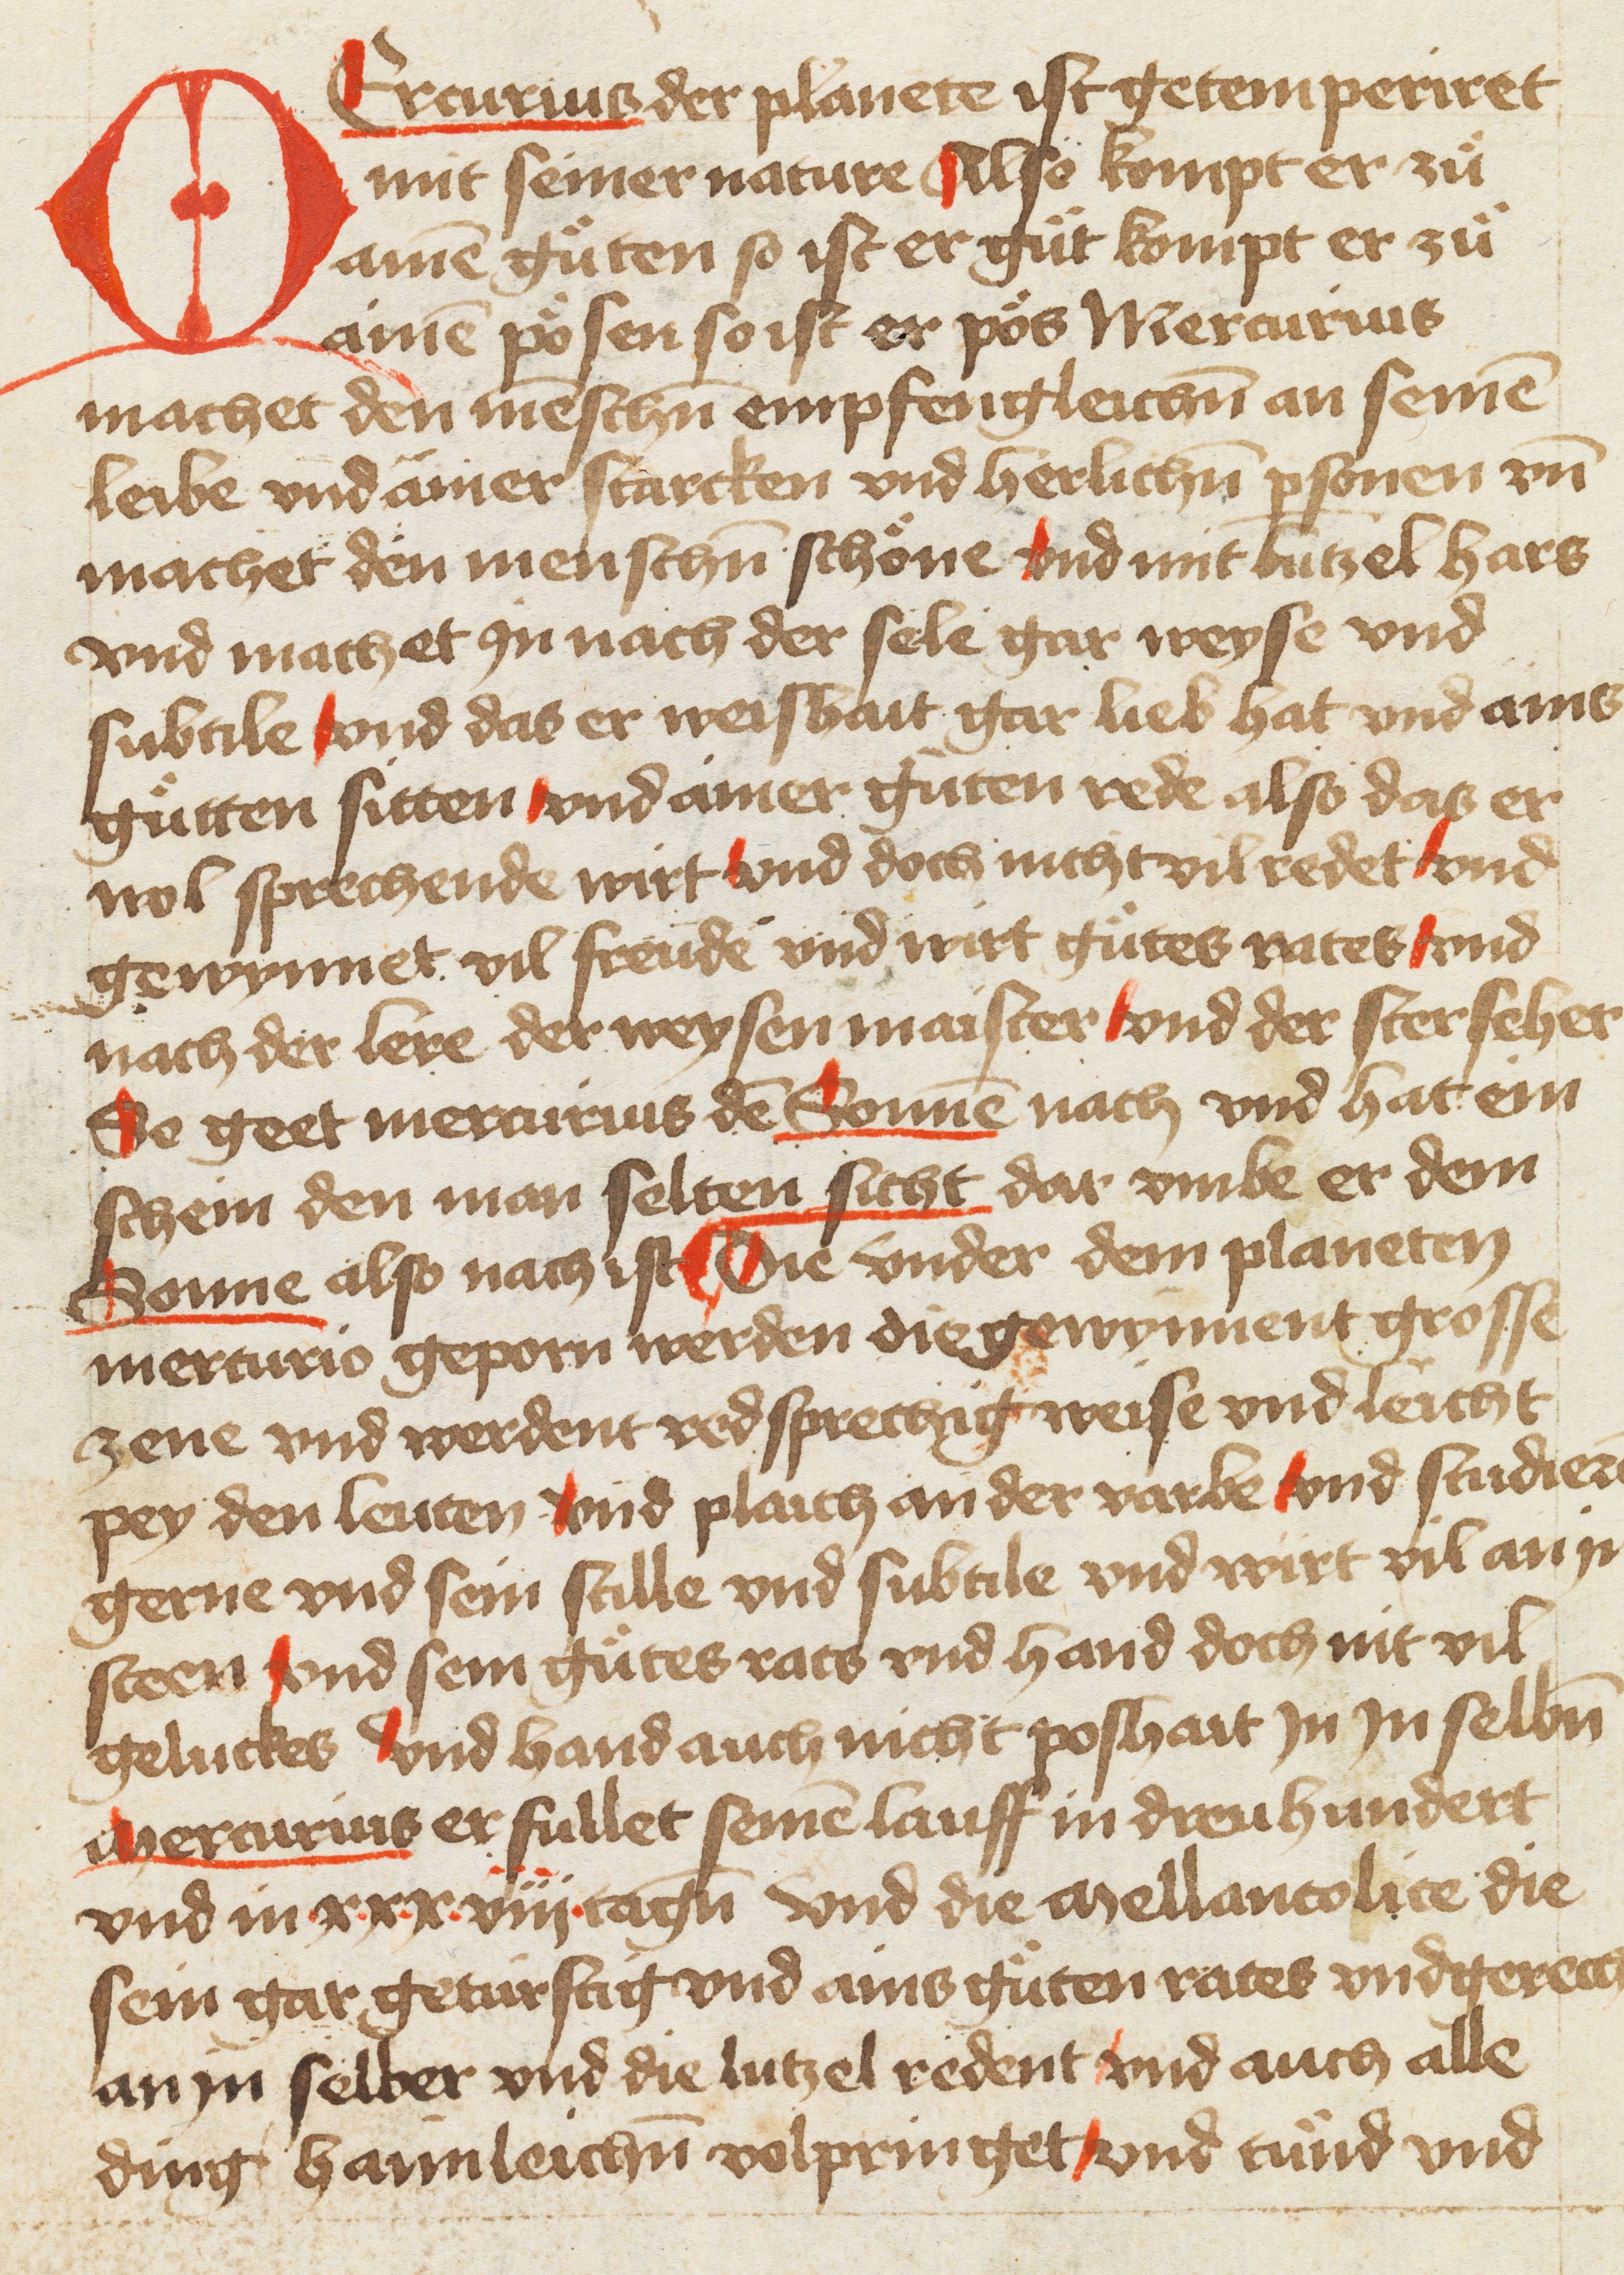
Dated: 1400–1499